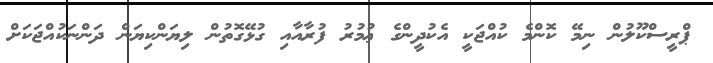
ޕްރީސްކޫލުން ނިމޭ ކޮންމެ ކުއްޖަކީ އެކުދީންގެ ޢުމުރު ފުރާއާއި ގުޅޭގޮތުން ލިޔަންކިޔަން ދަންނަކުއްޖަކަށް